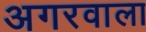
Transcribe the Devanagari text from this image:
अगरवाला